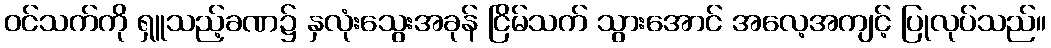
ဝင်သက်ကို ရှူသည့်ခဏ၌ နှလုံးသွေးအခုန် ငြိမ်သက် သွားအောင် အလေ့အကျင့် ပြုလုပ်သည်။